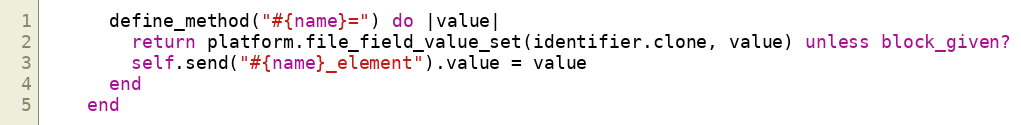
Language: Ruby
      define_method("#{name}=") do |value|
        return platform.file_field_value_set(identifier.clone, value) unless block_given?
        self.send("#{name}_element").value = value
      end
    end